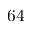
6 4